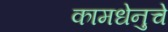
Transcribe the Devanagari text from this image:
कामधेनुचे